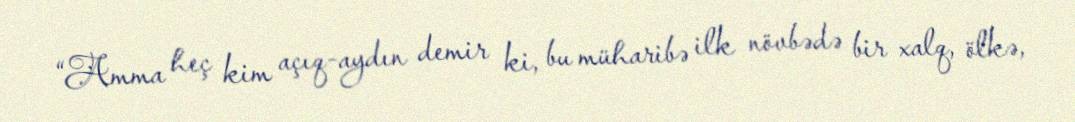
“Amma heç kim açıq-aydın demir ki, bu müharibə ilk növbədə bir xalq, ölkə,